Civil Veterinary Department Bihar & Orissa reports 1929-36 - 1929-1936
Year: 1929
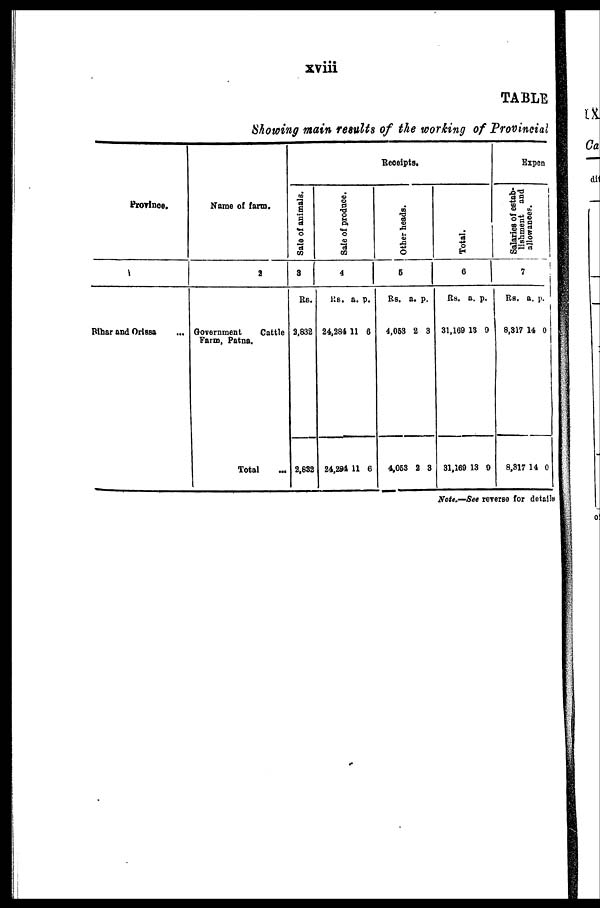
xviii
TABLE
Showing main results of the working of Provincial
Province.
1
Bihar and Orissa
...
Name of farm.
2
Government
Cattle
Farm, Patna.
Total
...
Receipts.
Sale of animals.
3
Rs.
2,832
2,832
Sale of produce.
4
Rs.
24,284
24,294
a.
11
11
p.
8
6
Other heads.
5
Rs.
4,063
4,053
a.
2
2
p.
3
3
Total.
6
Rs.
31,169
31,169
a.
13
13
p.
0
0
Expen
Salaries of estab-
lishment and
allowances.
7
Rs.
8,317
8,317
a.
14
14
p.
0
0
Note.—See reverse for details